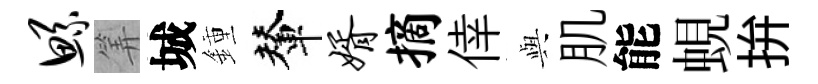
鲧筭城鍾輦婿摘倖𫤰肌能蜆拚